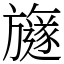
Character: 旞